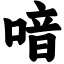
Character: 喑